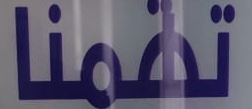
تهمنا